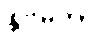
နိုဗမ်ဘာ